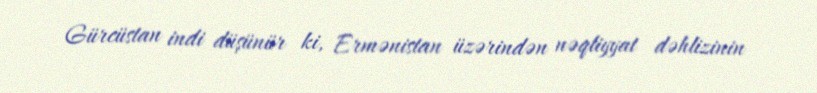
Gürcüstan indi düşünür ki, Ermənistan üzərindən nəqliyyat dəhlizinin